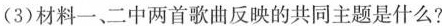
(3)材料一、二中两首歌曲反映的共同主题是什么?